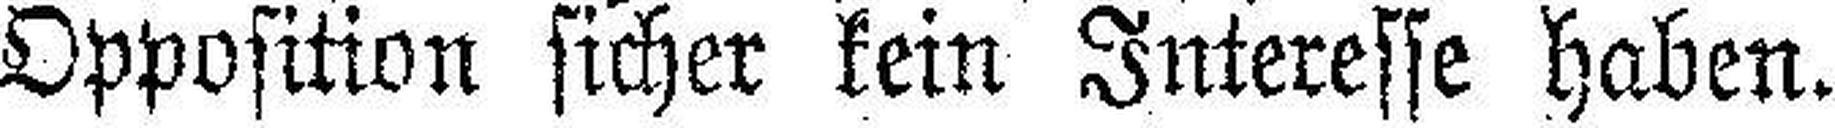
Opposition sicher kein Interesse haben.